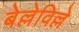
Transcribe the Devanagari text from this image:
बेल्लेविल्ले